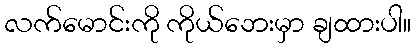
လက်မောင်းကို ကိုယ်ဘေးမှာ ချထားပါ။